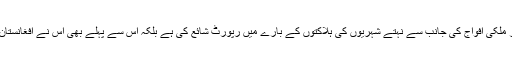
یہ پہلا موقع نہیں کہ ہیومن رائٹس واچ نے افغانستان میں امریکی اور دیگر غیر ملکی افواج کی جانب سے نہتے شہریوں کی ہلاکتوں کے بارے میں رپورٹ شائع کی ہے بلکہ اس سے پہلے بھی اس نے افغانستان میں قابض امریکی فوج کو جنگی جرائم کے ارتکاب پر مورد الزام ٹہرایا تھا ۔